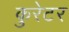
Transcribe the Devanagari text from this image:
कुरेटर